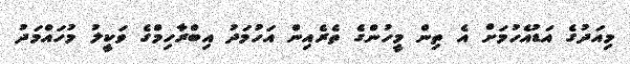
މިއަދުގެ އަޑުއެހުމަށް އެ ތިން މީހުންގެ ތެރެއިން އަހުމަދު އިބްރާހިމްގެ ވަކީލު މުހައްމަދު